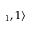
_ 1 , 1 \rangle